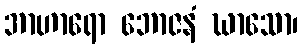
အာဟာရော ဘောဇနံ ဃာသော၊